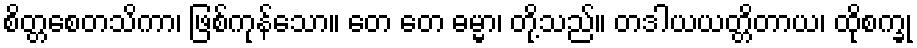
စိတ္တစေတသိကာ၊ ဖြစ်ကုန်သော။ တေ တေ ဓမ္မာ၊ တို့သည်။ တဒါယယတ္တိတာယ၊ ထိုစက္ခု